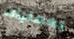
بعمليات